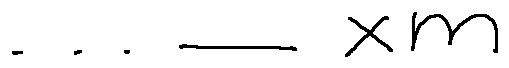
\cdots - x m